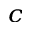
^ c